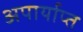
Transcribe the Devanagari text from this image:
अपार्याप्त